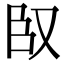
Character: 𮍍